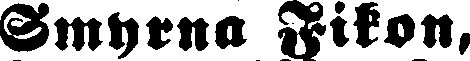
Smyrna Fikon,